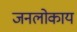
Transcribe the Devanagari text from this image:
जनलोकाय